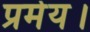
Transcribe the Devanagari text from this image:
प्रमेय।